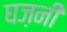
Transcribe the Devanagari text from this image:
घज़नी